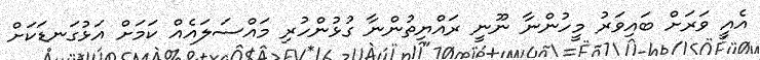
އެއީ ވަރަށް ބައިވަރު މީހުންނާ ނޫނީ ރައްޔިތުންނާ ގުޅުންހުރި މައްސަލައެއް ކަމަށް އަޅުގަނޑަކަށް